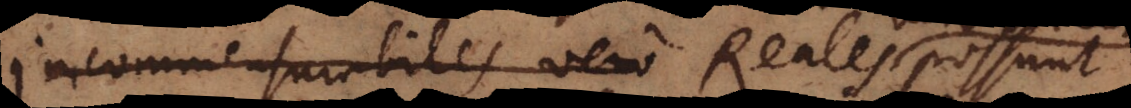
incommensurabiles vero Reales possunt